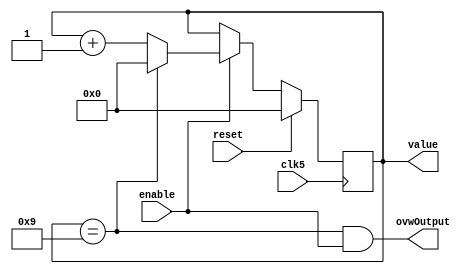
`timescale 1ns / 1ps
//////////////////////////////////////////////////////////////////////////////////

// Module Name:  BCDcounter
// Project Name: Stopwatch Design
// Description:  binary-coded decimal counter block, to allow time counter to count in tenths of a second

//////////////////////////////////////////////////////////////////////////////////


module BCDcounter(
    input clk5,
    input reset,
    input enable,                  // counter should only be advancing when the enable signal is high
    output reg [3:0]value,         // BCD -> 4 bits allows for values 0 to 9
    output ovwOutput               // acts as enable input for next BCDcounter
    );
    
    wire [3:0] nextValue, sum;
    wire ovwInternal;              // indicates when value in BCDcounter is 9
        
    always @ (posedge clk5)        // synchronous reset
    begin
        if (reset) value <= 4'b0;
        else value <= nextValue;
    end   
        
    assign sum = value + 4'b1;
	assign ovwInternal = (value==4'b1001);     
	assign nextValue = (enable) ? (ovwInternal ? 4'b0 : sum) : value;     // after 9, count should return to zero, keep value as is when counter not enabled                                             
    assign ovwOutput = ovwInternal && enable;                             // indicates when next BCDcounter should advance 
endmodule